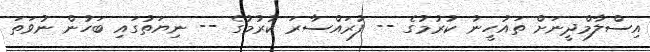
އިސްލާމްދީނަށް ތަައުހީނު ކުރުމުގެ -- ފުރައްސާރަ ކުރުމުގެ -- ނިޔަތުގައި ބަހުން ނުވަތަ